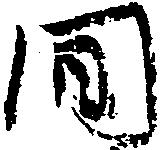
間